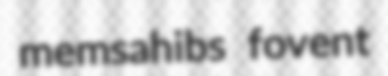
memsahibs fovent